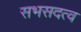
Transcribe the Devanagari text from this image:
सभसदत्व